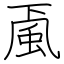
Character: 颪